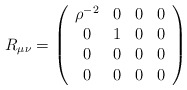
\begin{align*}R_{\mu\nu} = \left(\begin{array}{cccc}\rho^{-2} & 0 & 0 & 0\\0 & 1 & 0 & 0\\0 & 0 & 0 & 0\\0 & 0 & 0 & 0\end{array}\right)\end{align*}